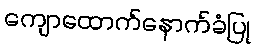
ကျောထောက်နောက်ခံပြု